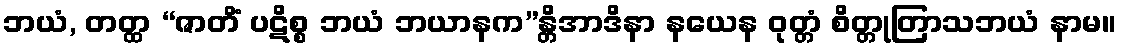
ဘယံ, တတ္ထ “ဇာတိံ ပဋိစ္စ ဘယံ ဘယာနက”န္တိအာဒိနာ နယေန ဝုတ္တံ စိတ္တုတြာသဘယံ နာမ။